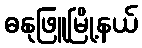
ဓနုဖြူမြို့နယ်